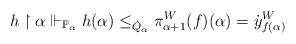
LaTeX: \begin{align*}h \restriction \alpha \Vdash_{\mathbb{P}_\alpha} h(\alpha) \le_{\dot{Q}_\alpha} \pi^W_{\alpha+1} (f) (\alpha) = \dot{y}^W_{f(\alpha)}\end{align*}